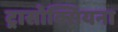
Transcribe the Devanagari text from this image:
ट्रासोक्सियना